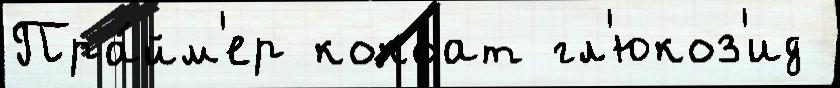
Пра́йм'ер кокоат гл'юкоз'ид